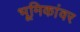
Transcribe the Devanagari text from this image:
भूमिकांवर